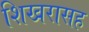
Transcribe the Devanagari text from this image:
शिखरासह